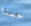
حسنا